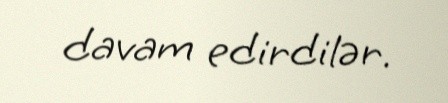
davam edirdilər.